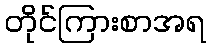
တိုင်ကြားစာအရ